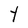
Character: Y